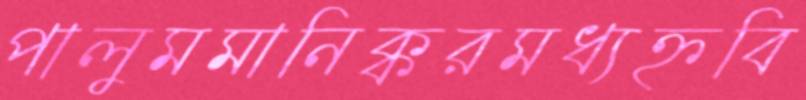
পালুমমানিক্করমধ্যহ্নবি